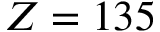
Z = 1 3 5